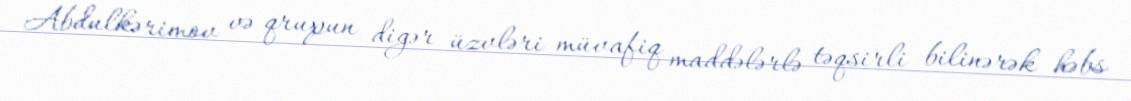
Abdulkərimov və qrupun digər üzvləri müvafiq maddələrlə təqsirli bilinərək həbs